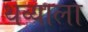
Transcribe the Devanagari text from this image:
थव्याला